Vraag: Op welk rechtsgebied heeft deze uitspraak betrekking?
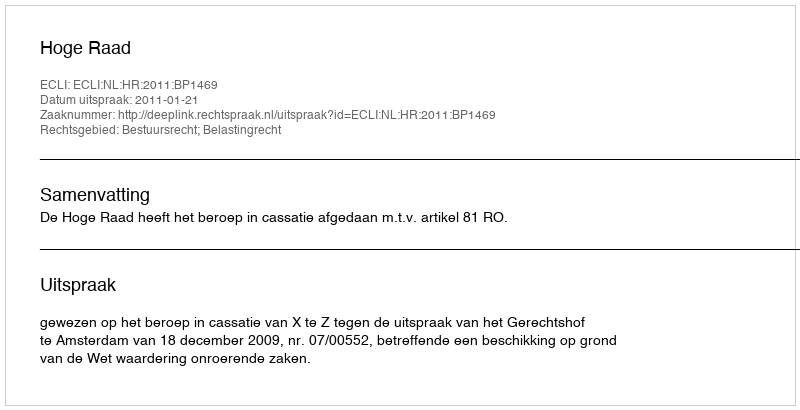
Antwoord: Bestuursrecht; Belastingrecht